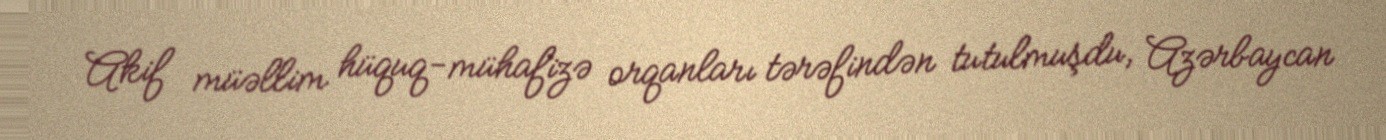
Akif müəllim hüquq-mühafizə orqanları tərəfindən tutulmuşdu, Azərbaycan